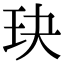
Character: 玦